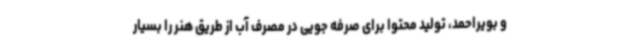
و بویراحمد، تولید محتوا برای صرفه جویی در مصرف آب از طریق هنر را بسیار